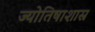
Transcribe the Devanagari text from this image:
ज्योतिषाशास्र